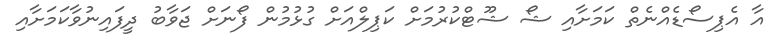
އާ އެޕިސޯޑެއްނެތް ކަމަށާއި ޝޯ ޝޫޓްކުރުމަށް ކަޕިލްއަށް ގުޅުމުން ފޯނަށް ޖަވާބު ދީފައިނުވާކަމަށާއި